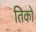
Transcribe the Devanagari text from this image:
तिको